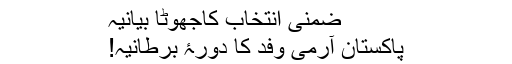
ضمنی انتخاب کاجھوٹا بیانیہ
پاکستان آرمی وفد کا دورۂ برطانیہ!